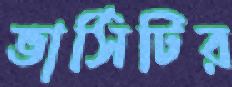
ভার্সিটির